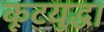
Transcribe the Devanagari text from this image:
कूटयुद्ध।